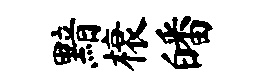
黯榱皤